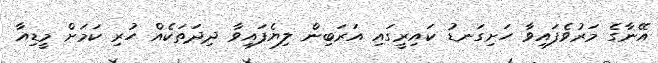
އޭނާގެ މަރުވެފައިވާ ހަށިގަނޑު ކައިރީގައި އަރަބިން ލިޔެފައިވާ ދިދަތަކެއް ހުރި ކަމަށް މީޑިއާ